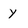
Character: y